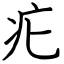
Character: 疕